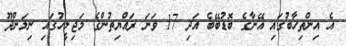
އެ އިންތިހާބުގައި އޭނާގެ ބޮޑުބޭބެ އަދި 17 ވަނަ ރައްޔިތުންގެ މަޖިލީހުގައި ނިލަންދޫ